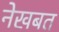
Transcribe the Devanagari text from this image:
नेखबत